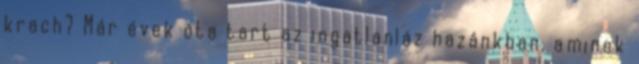
krach? Már évek óta tart az ingatlanláz hazánkban, aminek